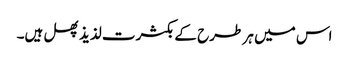
اس میں ہر طرح کے بکثرت لذیذ پھل ہیں۔